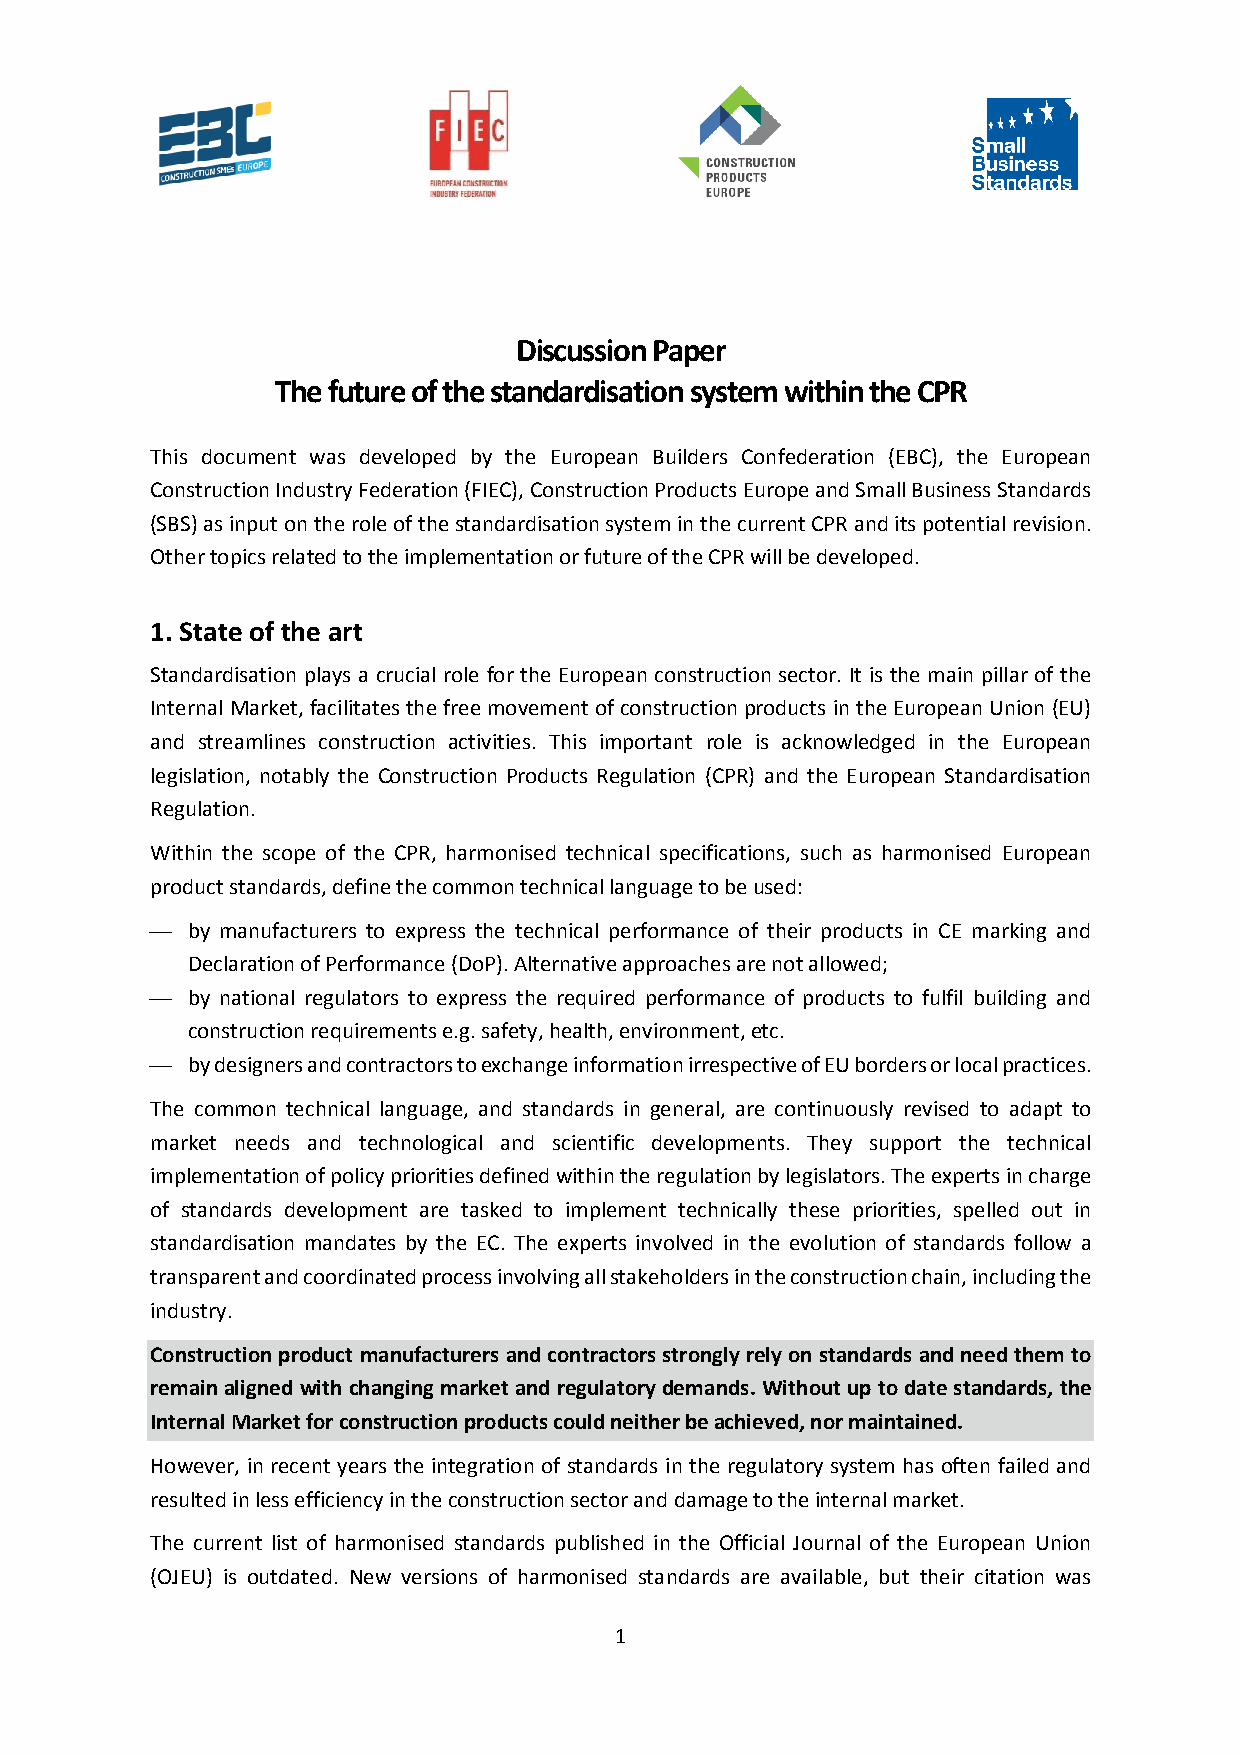
Discussion Paper
 The future of the standardisation system within the CPR
 This document was developed by the European Builders Confederation (EBC), the European
 Construction Industry Federation (FIEC), Construction Products Europe and Small Business Standards
 (SBS) as input on the role of the standardisation system in the current CPR and its potential revision.
 Other topics related to the implementation or future of the CPR will be developed.
 1. State of the art
 Standardisation plays a crucial role for the European construction sector. It is the main pillar of the
 Internal Market, facilitates the free movement of construction products in the European Union (EU)
 and streamlines construction activities. This important role is acknowledged in the European
 legislation, notably the Construction Products Regulation (CPR) and the European Standardisation
 Regulation.
 Within the scope of the CPR, harmonised technical specifications, such as harmonised European
 product standards, define the common technical language to be used:
 ⎯ by manufacturers to express the technical performance of their products in CE marking and
 Declaration of Performance (DoP). Alternative approaches are not allowed;
 ⎯ by national regulators to express the required performance of products to fulfil building and
 construction requirements e.g. safety, health, environment, etc.
 ⎯ by designers and contractors to exchange information irrespective of EU borders or local practices.
 The common technical language, and standards in general, are continuously revised to adapt to
 market needs and technological and scientific developments. They support the technical
 implementation of policy priorities defined within the regulation by legislators. The experts in charge
 of standards development are tasked to implement technically these priorities, spelled out in
 standardisation mandates by the EC. The experts involved in the evolution of standards follow a
 transparent and coordinated process involving all stakeholders in the construction chain, including the
 industry.
 Construction product manufacturers and contractors strongly rely on standards and need them to
 remain aligned with changing market and regulatory demands. Without up to date standards, the
 Internal Market for construction products could neither be achieved, nor maintained.
 However, in recent years the integration of standards in the regulatory system has often failed and
 resulted in less efficiency in the construction sector and damage to the internal market.
 The current list of harmonised standards published in the Official Journal of the European Union
 (OJEU) is outdated. New versions of harmonised standards are available, but their citation was
 1